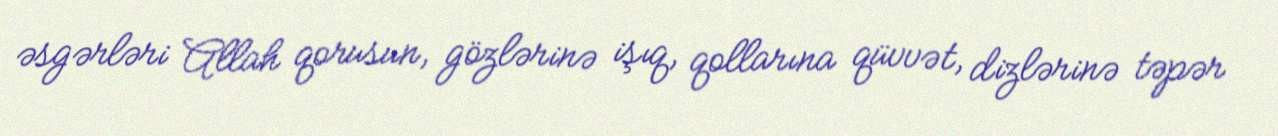
əsgərləri Allah qorusun, gözlərinə işıq, qollarına qüvvət, dizlərinə təpər